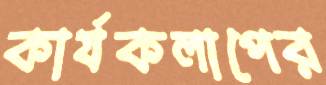
কার্যকলাপের